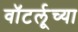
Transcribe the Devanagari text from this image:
वॉटर्लूच्या